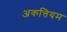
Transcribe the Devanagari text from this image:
अकत्तियम